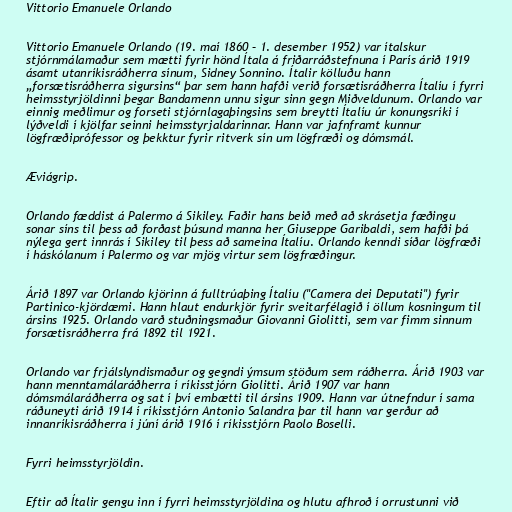
Vittorio Emanuele Orlando

Vittorio Emanuele Orlando (19. maí 1860 – 1. desember 1952) var ítalskur
stjórnmálamaður sem mætti fyrir hönd Ítala á friðarráðstefnuna í París árið 1919
ásamt utanríkisráðherra sínum, Sidney Sonnino. Ítalir kölluðu hann
„forsætisráðherra sigursins“ þar sem hann hafði verið forsætisráðherra Ítalíu í fyrri
heimsstyrjöldinni þegar Bandamenn unnu sigur sinn gegn Miðveldunum. Orlando var
einnig meðlimur og forseti stjórnlagaþingsins sem breytti Ítalíu úr konungsríki í
lýðveldi í kjölfar seinni heimsstyrjaldarinnar. Hann var jafnframt kunnur
lögfræðiprófessor og þekktur fyrir ritverk sín um lögfræði og dómsmál.

Æviágrip.

Orlando fæddist á Palermo á Sikiley. Faðir hans beið með að skrásetja fæðingu
sonar síns til þess að forðast þúsund manna her Giuseppe Garibaldi, sem hafði þá
nýlega gert innrás í Sikiley til þess að sameina Ítalíu. Orlando kenndi síðar lögfræði
í háskólanum í Palermo og var mjög virtur sem lögfræðingur.

Árið 1897 var Orlando kjörinn á fulltrúaþing Ítalíu ("Camera dei Deputati") fyrir
Partinico-kjördæmi. Hann hlaut endurkjör fyrir sveitarfélagið í öllum kosningum til
ársins 1925. Orlando varð stuðningsmaður Giovanni Giolitti, sem var fimm sinnum
forsætisráðherra frá 1892 til 1921.

Orlando var frjálslyndismaður og gegndi ýmsum stöðum sem ráðherra. Árið 1903 var
hann menntamálaráðherra í ríkisstjórn Giolitti. Árið 1907 var hann
dómsmálaráðherra og sat í því embætti til ársins 1909. Hann var útnefndur í sama
ráðuneyti árið 1914 í ríkisstjórn Antonio Salandra þar til hann var gerður að
innanríkisráðherra í júní árið 1916 í ríkisstjórn Paolo Boselli.

Fyrri heimsstyrjöldin.

Eftir að Ítalir gengu inn í fyrri heimsstyrjöldina og hlutu afhroð í orrustunni við